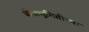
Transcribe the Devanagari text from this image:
बीजभूमितीच्या